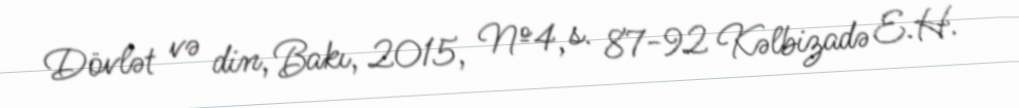
Dövlət və din, Bakı, 2015, №4, s. 87-92 Kəlbizadə E.H.